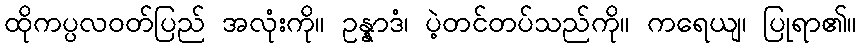
ထိုကပ္ပလဝတ်ပြည် အလုံးကို။ ဥန္နာဒံ၊ ပဲ့တင်တပ်သည်ကို။ ကရေယျ၊ ပြုရာ၏။